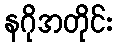
နဂိုအတိုင်း